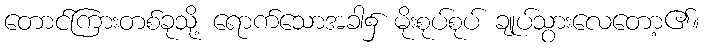
တောင်ကြားတစ်ခုသို့ ရောက်သောအခါ၌ မိုးစုပ်စုပ် ချုပ်သွားလေတော့၏။